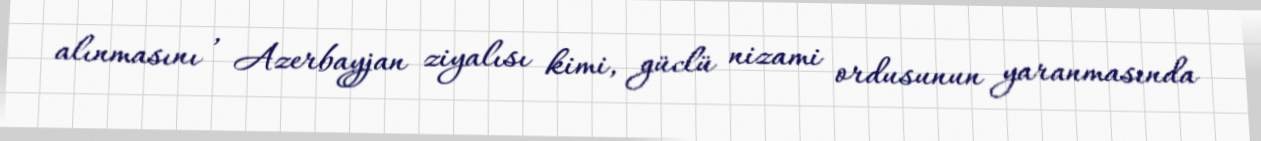
alınmasını , Azerbayjan ziyalısı kimi, güclü nizami ordusunun yaranmasında